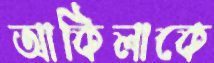
আকিলাকে